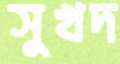
সুখদ